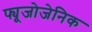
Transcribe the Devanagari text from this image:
फ्यूजोजेनिक